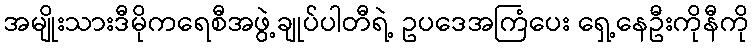
အမျိုးသားဒီမိုကရေစီအဖွဲ့ချုပ်ပါတီရဲ့ ဥပဒေအကြံပေး ရှေ့နေဦးကိုနီကို